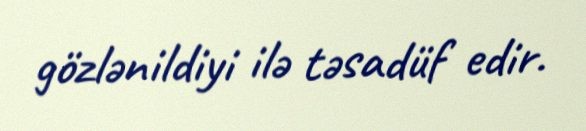
gözlənildiyi ilə təsadüf edir.